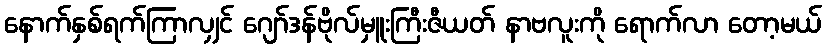
နောက်နှစ်ရက်ကြာလျှင် ဂျော်ဒန်ဗိုလ်မှူးကြီးဇီယတ် နာဗလူးကို ရောက်လာ တော့မယ်